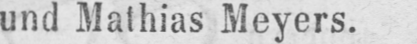
und Mathias Meyers.